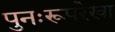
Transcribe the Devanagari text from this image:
पुनःरूपरेखा